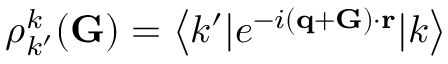
\rho _ { k ^ { \prime } } ^ { k } ( { \bf G } ) = \left< k ^ { \prime } | e ^ { - i ( { \bf q } + { \bf G } ) \cdot { \bf r } } | k \right>